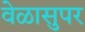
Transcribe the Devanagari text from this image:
वेळासुपर